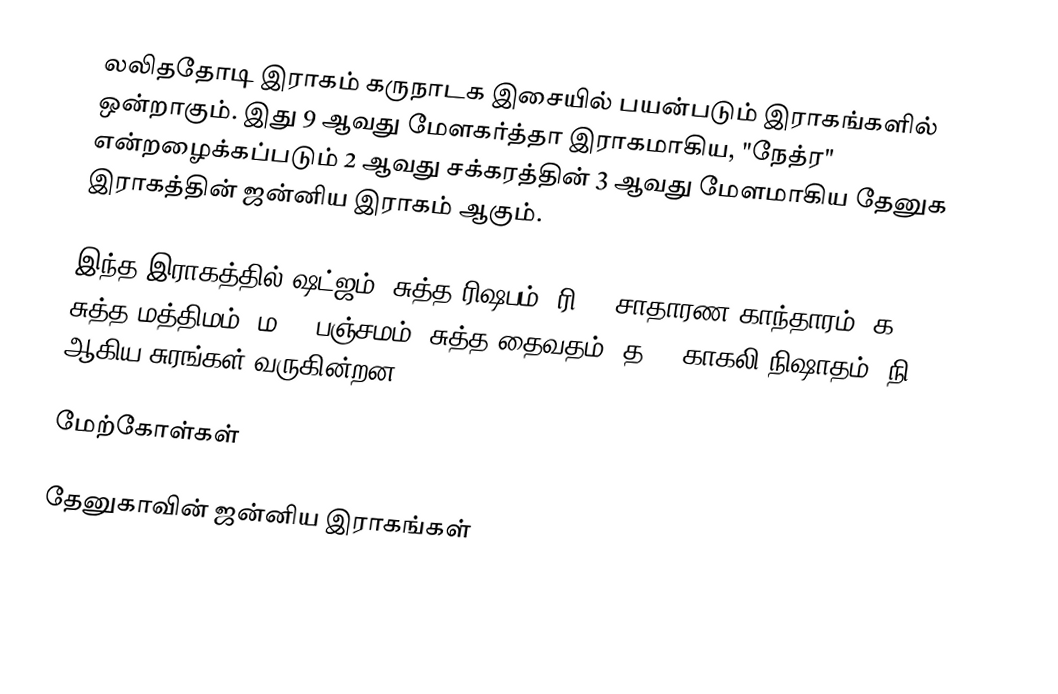
லலிததோடி இராகம் கருநாடக இசையில் பயன்படும் இராகங்களில் ஒன்றாகும். இது 9 ஆவது மேளகர்த்தா இராகமாகிய, "நேத்ர" என்றழைக்கப்படும் 2 ஆவது சக்கரத்தின் 3 ஆவது மேளமாகிய தேனுக இராகத்தின் ஜன்னிய இராகம் ஆகும்.

இந்த இராகத்தில் ஷட்ஜம், சுத்த ரிஷபம் (ரி1), சாதாரண காந்தாரம் (க2), சுத்த மத்திமம் (ம1), பஞ்சமம், சுத்த தைவதம் (த1), காகலி நிஷாதம் (நி3) ஆகிய சுரங்கள் வருகின்றன.

மேற்கோள்கள்

தேனுகாவின் ஜன்னிய இராகங்கள்